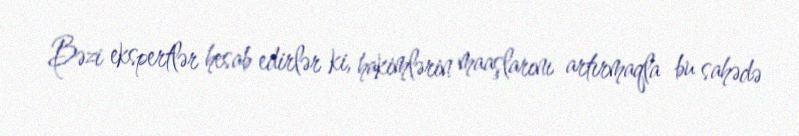
Bəzi ekspertlər hesab edirlər ki, hakimlərin maaşlarını artırmaqla bu sahədə